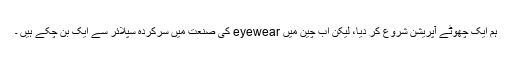
ہم ایک چھوٹے آپریشن شروع کر دیا، لیکن اب چین میں eyewear کی صنعت میں سرکردہ سپلائر سے ایک بن چکے ہیں ۔